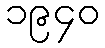
၁၉၄၀